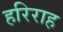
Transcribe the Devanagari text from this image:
हरिराह